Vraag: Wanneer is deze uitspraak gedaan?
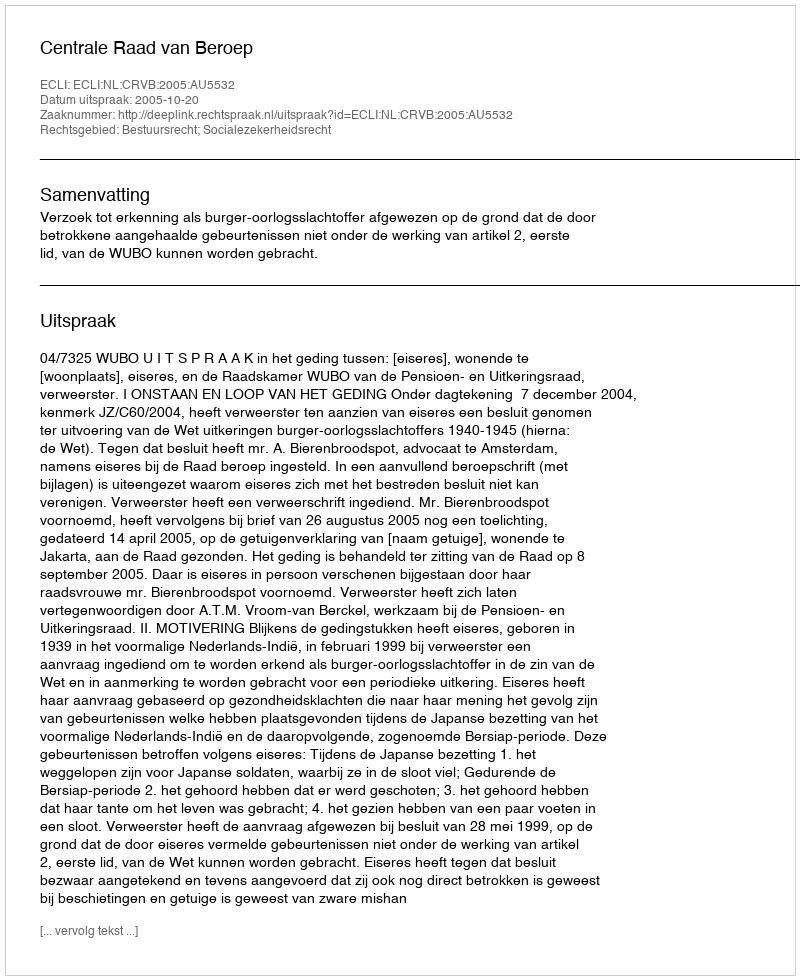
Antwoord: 2005-10-20